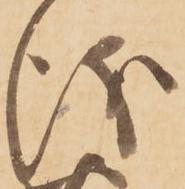
儀